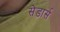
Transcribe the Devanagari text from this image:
सेडार्स